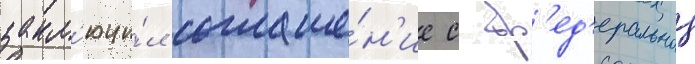
закл'ючи́л соглаше́н'ие с ф'ед'еральнои